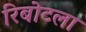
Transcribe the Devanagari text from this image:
रिबोटला